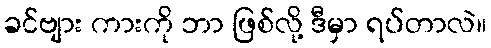
ခင်ဗျား ကားကို ဘာ ဖြစ်လို့ ဒီမှာ ရပ်တာလဲ။